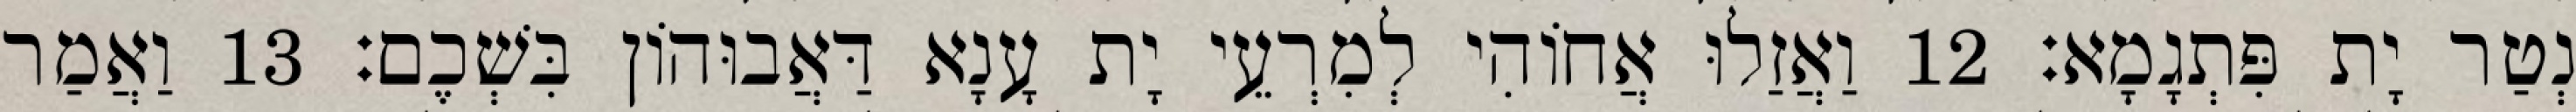
נְטַר יָת פִּתְגָמָא׃ 12 וַאֲזַלוּ אֲחוֹהִי לְמִרְעֵי יָת עָנָא דַּאֲבוּהוֹן בִּשְׁכֶם׃ 13 וַאֲמַר